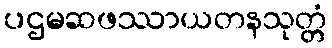
ပဌမဆဖဿာယတနသုတ္တံ